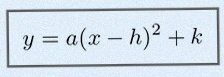
y=a(x-h)^2+k